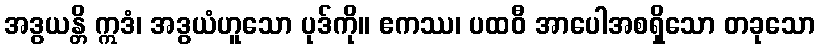
အဒွယန္တိ ဣဒံ၊ အဒွယံဟူသော ပုဒ်ကို။ ဧကဿ၊ ပထဝီ အာပေါအစရှိသော တခုသော